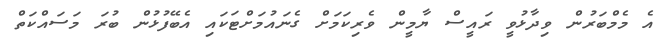
އެ މެމްބަރުން ވިދާޅުވީ ރައީސް ޔާމީން ވެރިކަމަށް ގެނައުމަށްޓަކައި އެބޭފުޅުން ބުރަ މަސައްކަތް